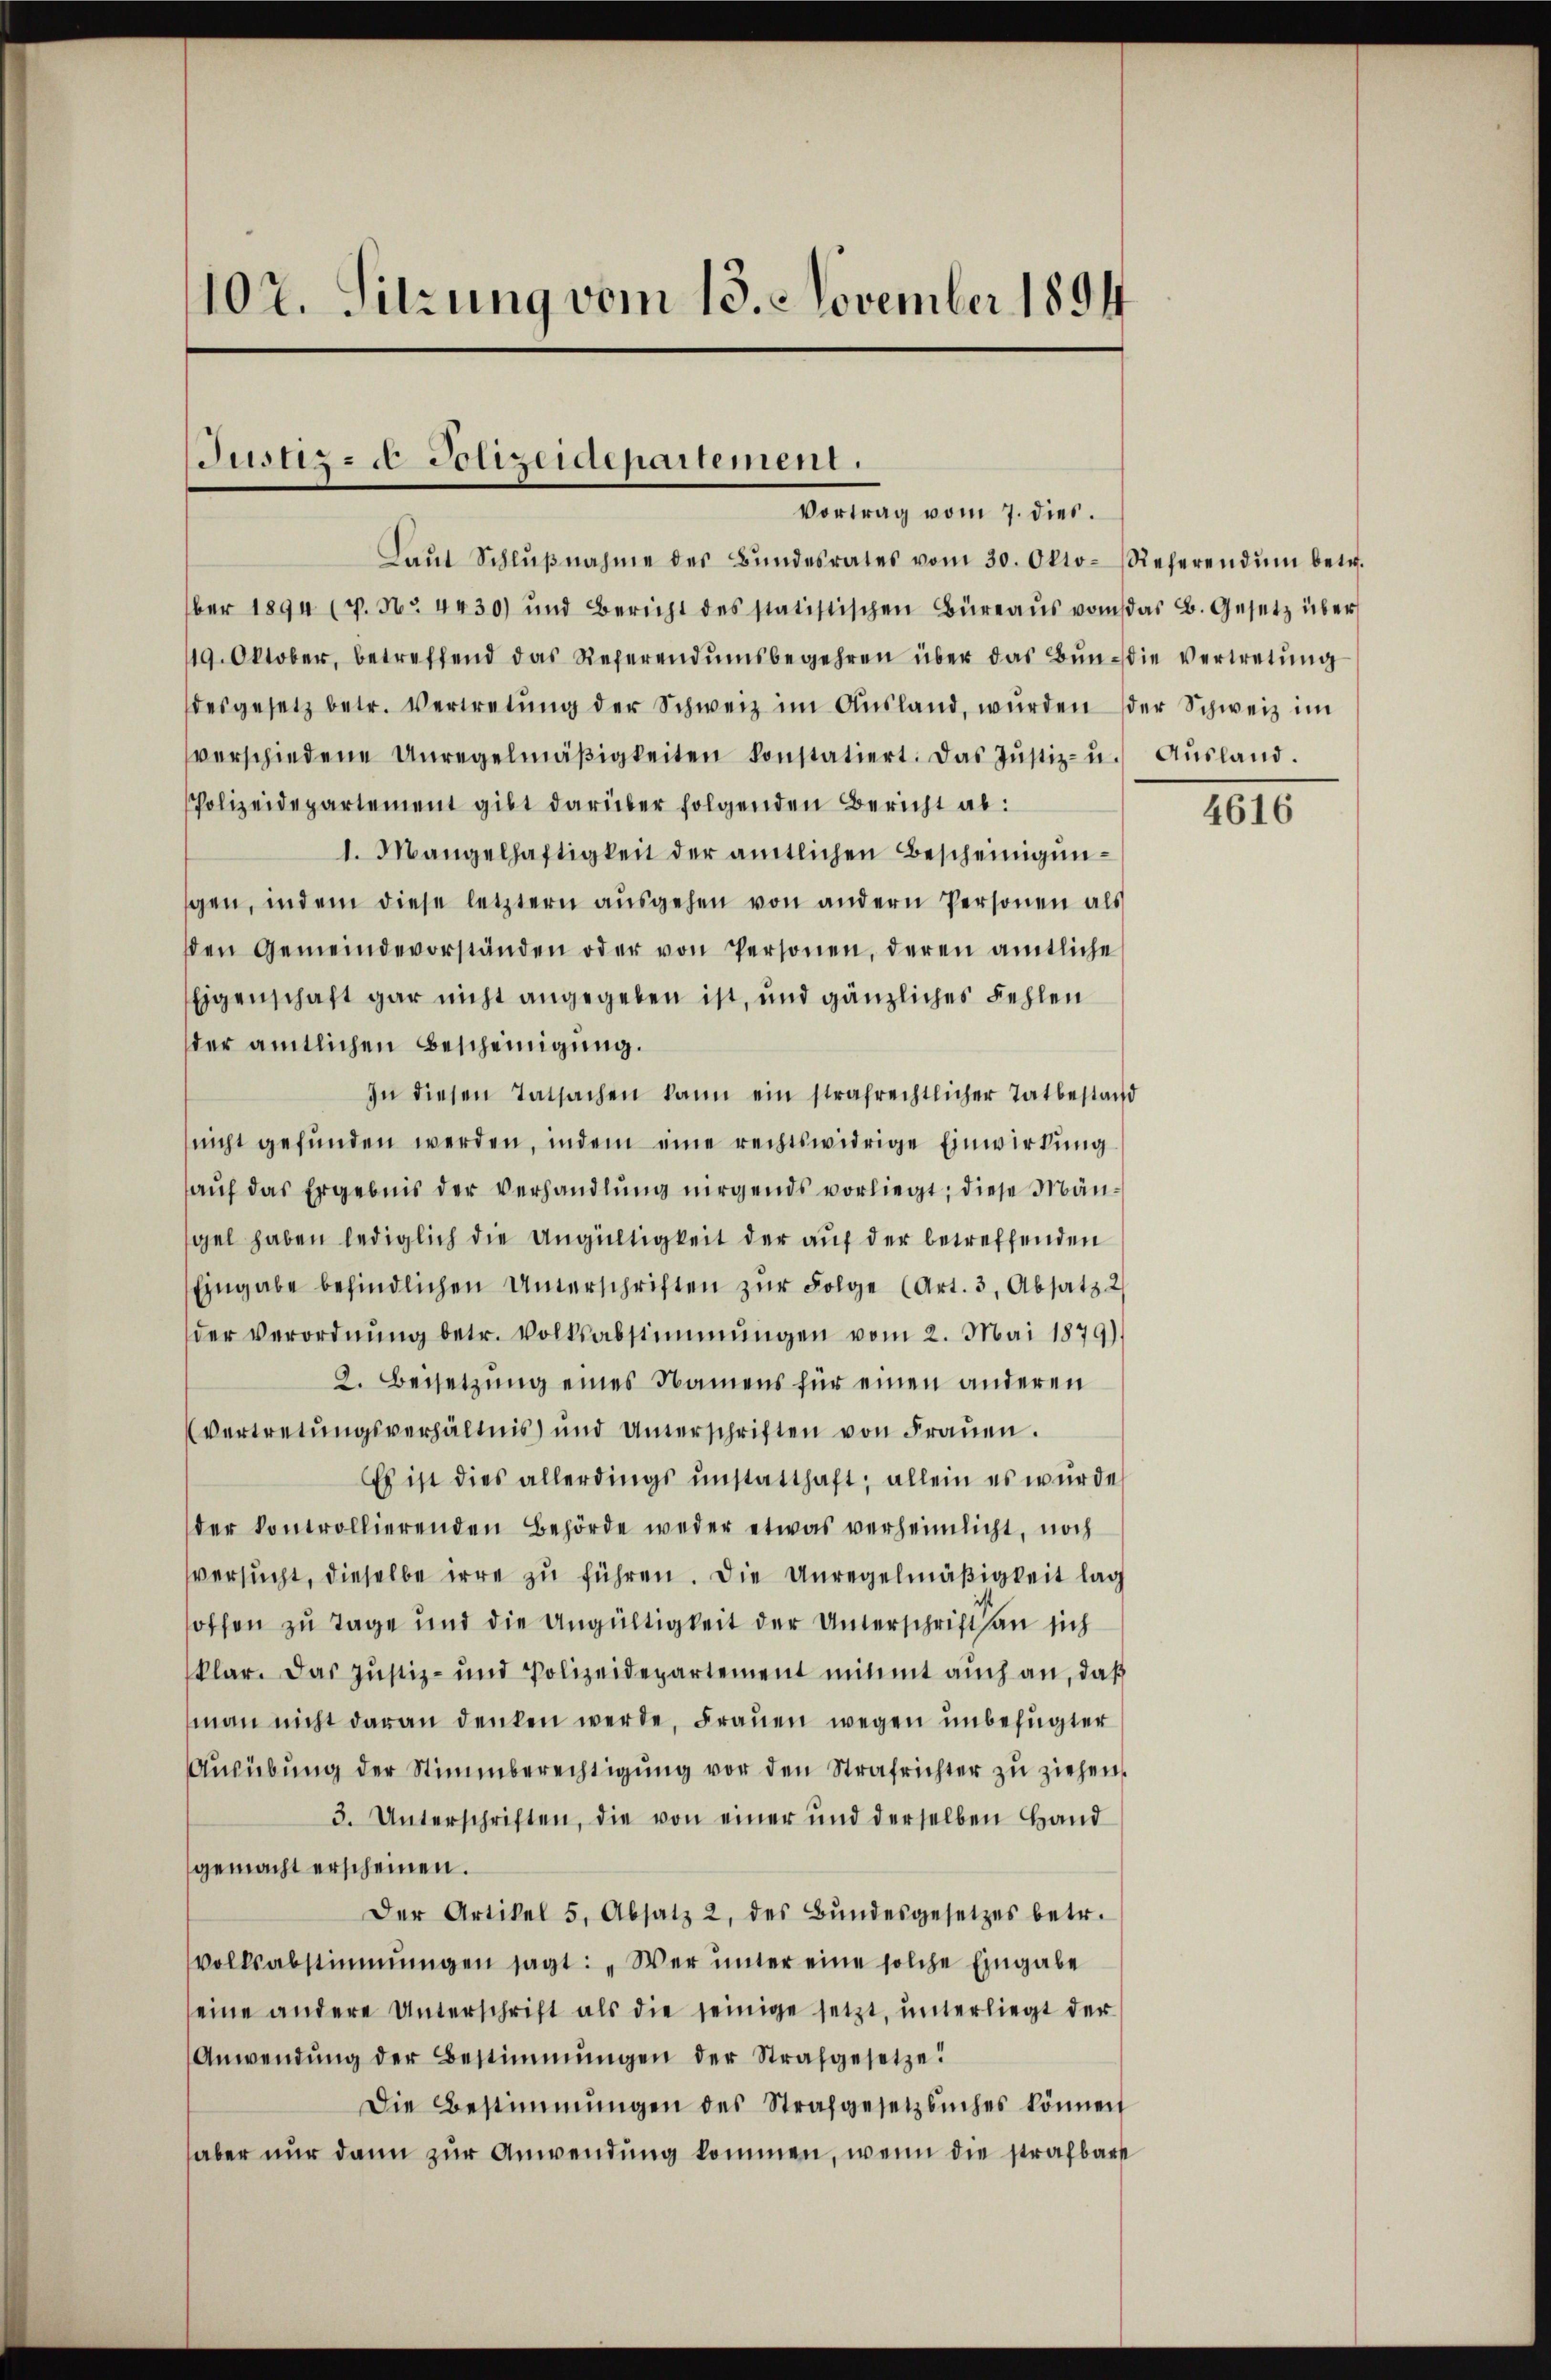
102. Sitzung vom 13. November 1894

Justiz- & Polizeidepartement.
Vortrag vom 7. dies.

Laŭt Schlŭβnahme des Bŭndesrates vom 30. Okto- Referendŭm betr.
ber 1894 (p. Nr. 4430) und Bericht des statistischen Büreaŭs vom das B. Gesetz über
19. Oktober, betreffend das Referendumsbegehren über das Bŭn-die vertretŭng
desgesetz betr. Vertretŭng der Schweiz im Aŭsland, wurden der Schweiz im
verschiedene Unregelmäβigkeiten konstatiert. Das Jŭstiz- u. Aŭsland.
Polizeidepartement gibt darüber folgenden Bericht ab:
1. Mangelhaftigkeit der amtlichen Bescheinigunsen, indem diese letztern ausgehen von andern Personen als
sten Gemeindevorständen oder von Personen, deren amtliche
Eigenschaft gar nicht angegeben ist, und gänzliches Fehlen
der amtlichen Bescheinigung.
In diesen Tatsachen kann ein strafrechtlicher Tatbestand
nicht gefŭnden werden, indem eine rechtswidrige Einwirkung
auf das Ergebnis der Verhandlung nirgends vorliegt; diese Mängel haben lediglich die Ungültigkeit der auf der betreffenden
Eingabe befindlichen Unterschriften zŭr Folge (Art. 3, Absatz 2
der Verordnŭng betr. Volksabstimmungen vom 2. Mai 1879)
2. Beisetzung eines Namens für einen anderen
Vertretungsverhältnis) und Unterschriften von Fraŭen.
Es ist dies allerdings unstatthaft; allein es würde
der kontrollierenden Behörde weder etwas verheimlicht, noch
versucht, dieselbe irre zu führen. Die Unregelmäßigkeit lag
hoffen zu Tage und die Ungültigkeit der Unterschrift an sich
klar. Das Justiz- und Polizeidepartement mitmt aŭch an, daβ
(man nicht daran denken werde, Frauen wegen unbefugter
Aŭsübŭng der Stimmberechtigŭng vor den Strafrichter zŭ ziehen.
3. Unterschriften, die von einer und derselben Hand
gemacht erscheinen.
Der Artikel 5, Absatz 2 des Bŭndesgesetzes betr.
Volksabstimmungen sagt: „Wer unter eine solche Eingabe
eine andere Unterschrift als die seinige setzt, unterliegt der
Anwendŭng der Bestimmungen der Strafgesetze
Die Bestimmungen des Strafgesetzbuches können
haber nur dann zur Anwendung kommen, wenn die strafbare

4616